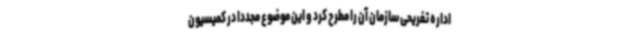
اداره تفریحی سازمان آن را مطرح کرد و این موضوع مجدداً در کمیسیون